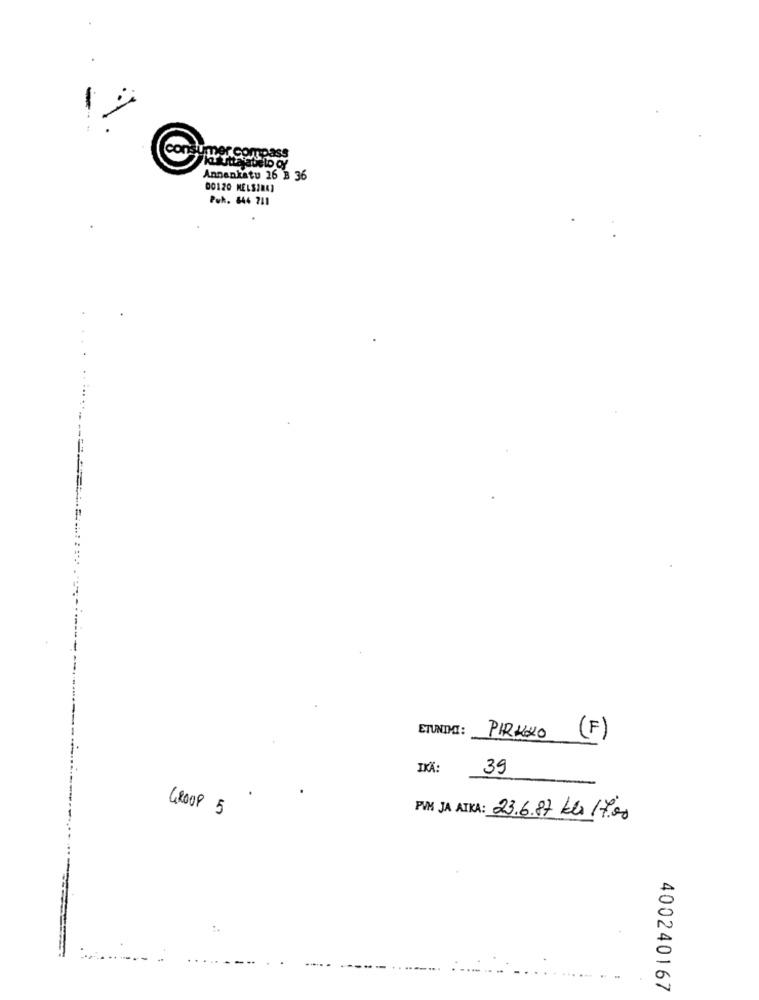
per compass
atttalabelo of
Annankatu 16 B 36
00120 HELSINKI
Puk. 844 711
ETUNDNO:
PIRKKO
(F)
IXX:
39
GROUP 5
PIN JA ATKA: 23.6.87 kl 17.00
400240167